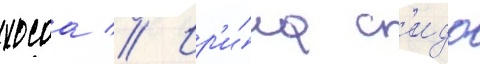
хосоа // Ир'и́на с'идо